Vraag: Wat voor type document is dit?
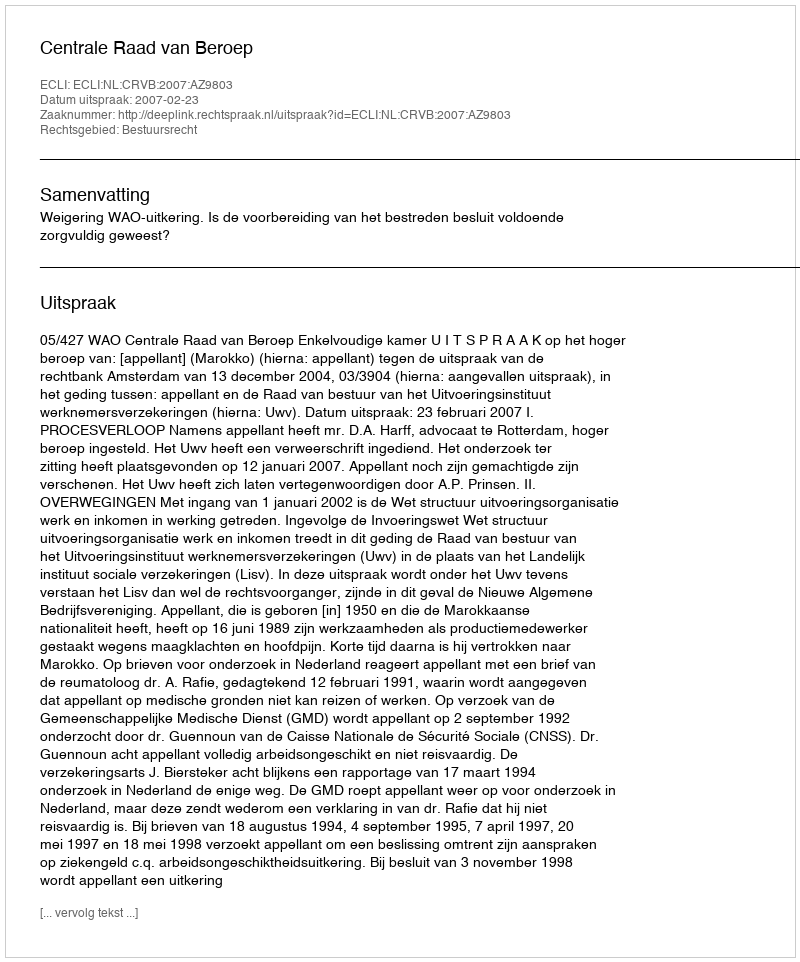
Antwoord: Uitspraak